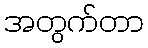
အတွက်တာ